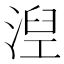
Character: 湼